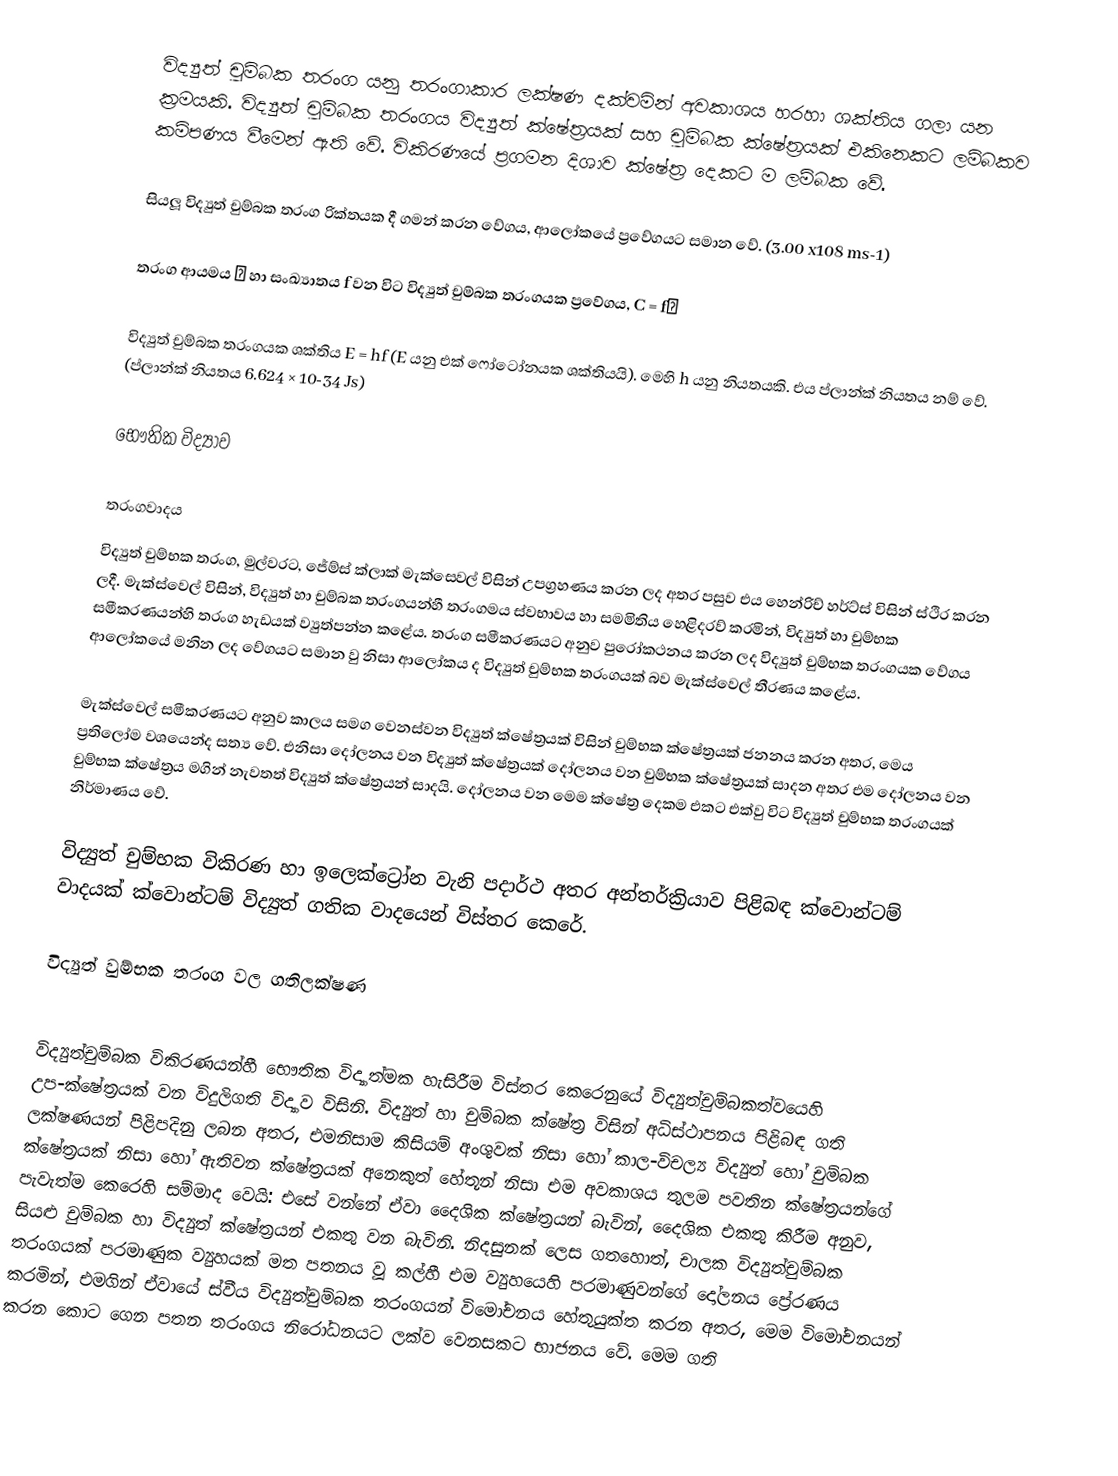
විද්‍යුත් චුම්බක තරංග යනු තරංගාකාර ලක්ෂණ දක්වමින් අවකාශය හරහා ශක්තිය ගලා යන ක්‍රමයකි. විද්‍යුත් චුම්බක තරංගය විද්‍යුත් ක්ෂේත්‍රයක් සහ චුම්බක ක්ෂේත්‍රයක් එකිනෙකට ලම්බකව කම්පණය වීමෙන් ඇති වේ. විකිරණයේ ප්‍රගමන දිශාව ක්ෂේත්‍ර දෙකට ම ලම්බක වේ.

සියලූ විද්‍යුත් චුම්බක තරංග රික්තයක දී ගමන් කරන වේගය, ආලෝකයේ ප්‍රවේගයට සමාන වේ. (3.00 x108 ms-1)

තරංග ආයමය λ හා සංඛ්‍යාතය f වන විට විද්‍යුත් චුම්බක තරංගයක ප්‍රවේගය, C = fλ

විද්‍යුත් චුම්බක තරංගයක ශක්තිය E = hf  (E යනු එක් ෆෝටෝනයක ශක්තියයි).  මෙහි h යනු නියතයකි. එය ප්ලාන්ක් නියතය නම් වේ. (ප්ලාන්ක් නියතය 6.624 × 10-34 Js)

භෞතික විද්‍යාව

තරංගවාදය
විද්‍යුත් චුම්භක තරංග,  මුල්වරට,  ‍ජේම්ස් ක්ලාක් මැක්ස‍්වෙල් විසින් උපග්‍රහණය කරන ලද  අතර පසුව එය  හෙන්රිච් හර්ට්ස් විසින් ස්ථිර කරන ලදී.  මැක්ස්වෙල් විසින්, විද්‍යුත් හා චුම්බක තරංගයන්හී තරංගමය ස්වභාවය හා සමමිතිය හෙළිදරව් කරමින්,  විද්‍යුත් හා චුම්භක ‍සමීකරණයන්හි තරංග හැඩයක් ව්‍යුත්පන්න කළේය.   තරංග සමීකරණයට අනුව පුරෝකථනය කරන ලද විද්‍යුත් චුම්භක තරංගයක වේගය ආ‍ලෝකයේ මනින ලද වේගයට සමාන වු නිසා ආලෝකය ද විද්‍යුත් චුම්භක තරංගයක් බව මැක්ස්වෙල් තීරණය කළේය.

මැක්ස්වෙල් සමීකරණයට අනුව කාලය සමග වෙනස්වන විද්‍යුත් ක්ෂේත්‍රයක් විසින් චුම්භක ක්ෂේත්‍රයක් ජනනය කරන අතර, මෙය ප්‍රතිලෝම වශයෙන්ද සත්‍ය වේ. එනිසා දෝලනය වන විද්‍යුත් ක්ෂේත්‍රයක් දෝලනය වන චුම්භක ක්ෂේත්‍රයක් සාදන අතර එම දෝලනය වන චුම්භක ක්ෂේත්‍රය මගින් නැවතත් විද්‍යුත් ක්ෂේත්‍රයන් සාදයි. දෝලනය වන මෙම ක්ෂේත්‍ර දෙකම එකට එක්වු විට විද්‍යුත් චුම්භක තරංගයක් නිර්මාණය වේ.

විද්‍යුත් චුම්භක විකිරණ හා ඉලෙක්ට්‍රෝන වැනි පදාර්ථ අතර අන්තර්ක්‍රියාව පිළිබඳ ක්වොන්ටම් වාදයක් ක්වොන්ටම් විද්‍යුත් ගතික වාදයෙන් විස්තර කෙරේ.

විද්‍යුත් වුම්භක තරංග වල ගතිලක්ෂණ

විද්‍යුත්චුම්බක විකිරණයන්හී  භෞතික විද්‍යාත්මක හැසිරීම  විස්තර කෙරෙනුයේ විද්‍යුත්චුම්බකත්වයෙහි උප-ක්ෂේත්‍රයක් වන විදුලිගති විද්‍යාව විසිනි. විද්‍යුත් හා චුම්බක ක්ෂේත්‍ර විසින් අධිස්ථාපනය පිළිබඳ ගති ලක්ෂණයන් පිළිපදිනු ලබන අතර, එමනිසාම කිසියම් අංශුවක් නිසා හෝ කාල-විචල්‍ය විද්‍යුත් හෝ චුම්බක ක්ෂේත්‍රයක් නිසා හෝ ඇතිවන ක්ෂේත්‍රයක් අනෙකුත් හේතූන් නිසා එම අවකාශය තුලම පවතින ක්ෂේත්‍රයන්ගේ පැවැත්ම කෙරෙහි  සම්මාද වෙයි: එසේ වන්නේ ඒවා  දෛශික ක්ෂේත්‍රයන් බැවින්, දෛශික එකතු කිරීම අනුව, සියළු චුම්බක හා විද්‍යුත් ක්ෂේත්‍රයන්  එකතු වන බැවිනි. නිදසුනක් ලෙස ගතහොත්, චාලක විද්‍යුත්චුම්බක තරංගයක් පරමාණුක ව්‍යුහයක් මත පතනය වූ කල්හී එම ව්‍යුහයෙහි  පරමාණුවන්ගේ  දෝලනය ප්‍රේරණය කරමින්, එමගින් ඒවායේ ස්වීය විද්‍යුත්චුම්බක තරංගයන් විමෝචනය හේතුයුක්ත කරන අතර, මෙම  විමෝචනයන් කරන කොට ගෙන පතන තරංගය  නිරෝධනයට ලක්ව වෙනසකට භාජනය වේ. මෙම ගති